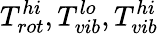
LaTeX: T_{rot}^{hi},T_{vib}^{lo},T_{vib}^{hi}